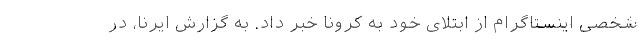
شخصی اینستاگرام از ابتلای خود به کرونا خبر داد. به گزارش ایرنا، در